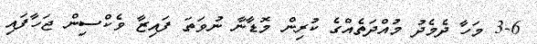
3-6 މަހާ ދެމެދު މުއްދަތެއްގެ ކުރިން މޮޑާނާ ނުވަތަ ފައިޒާ ވެކްސިން ޖަހާފައި